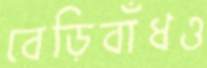
বেড়িবাঁধও